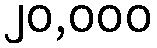
၂၀,၀၀၀